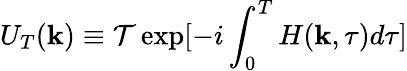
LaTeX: U_{T}(\mathbf{k})\equiv\mathcal{T}\exp[-i\int_{0}^{T}H(\mathbf{k},\tau)d\tau]